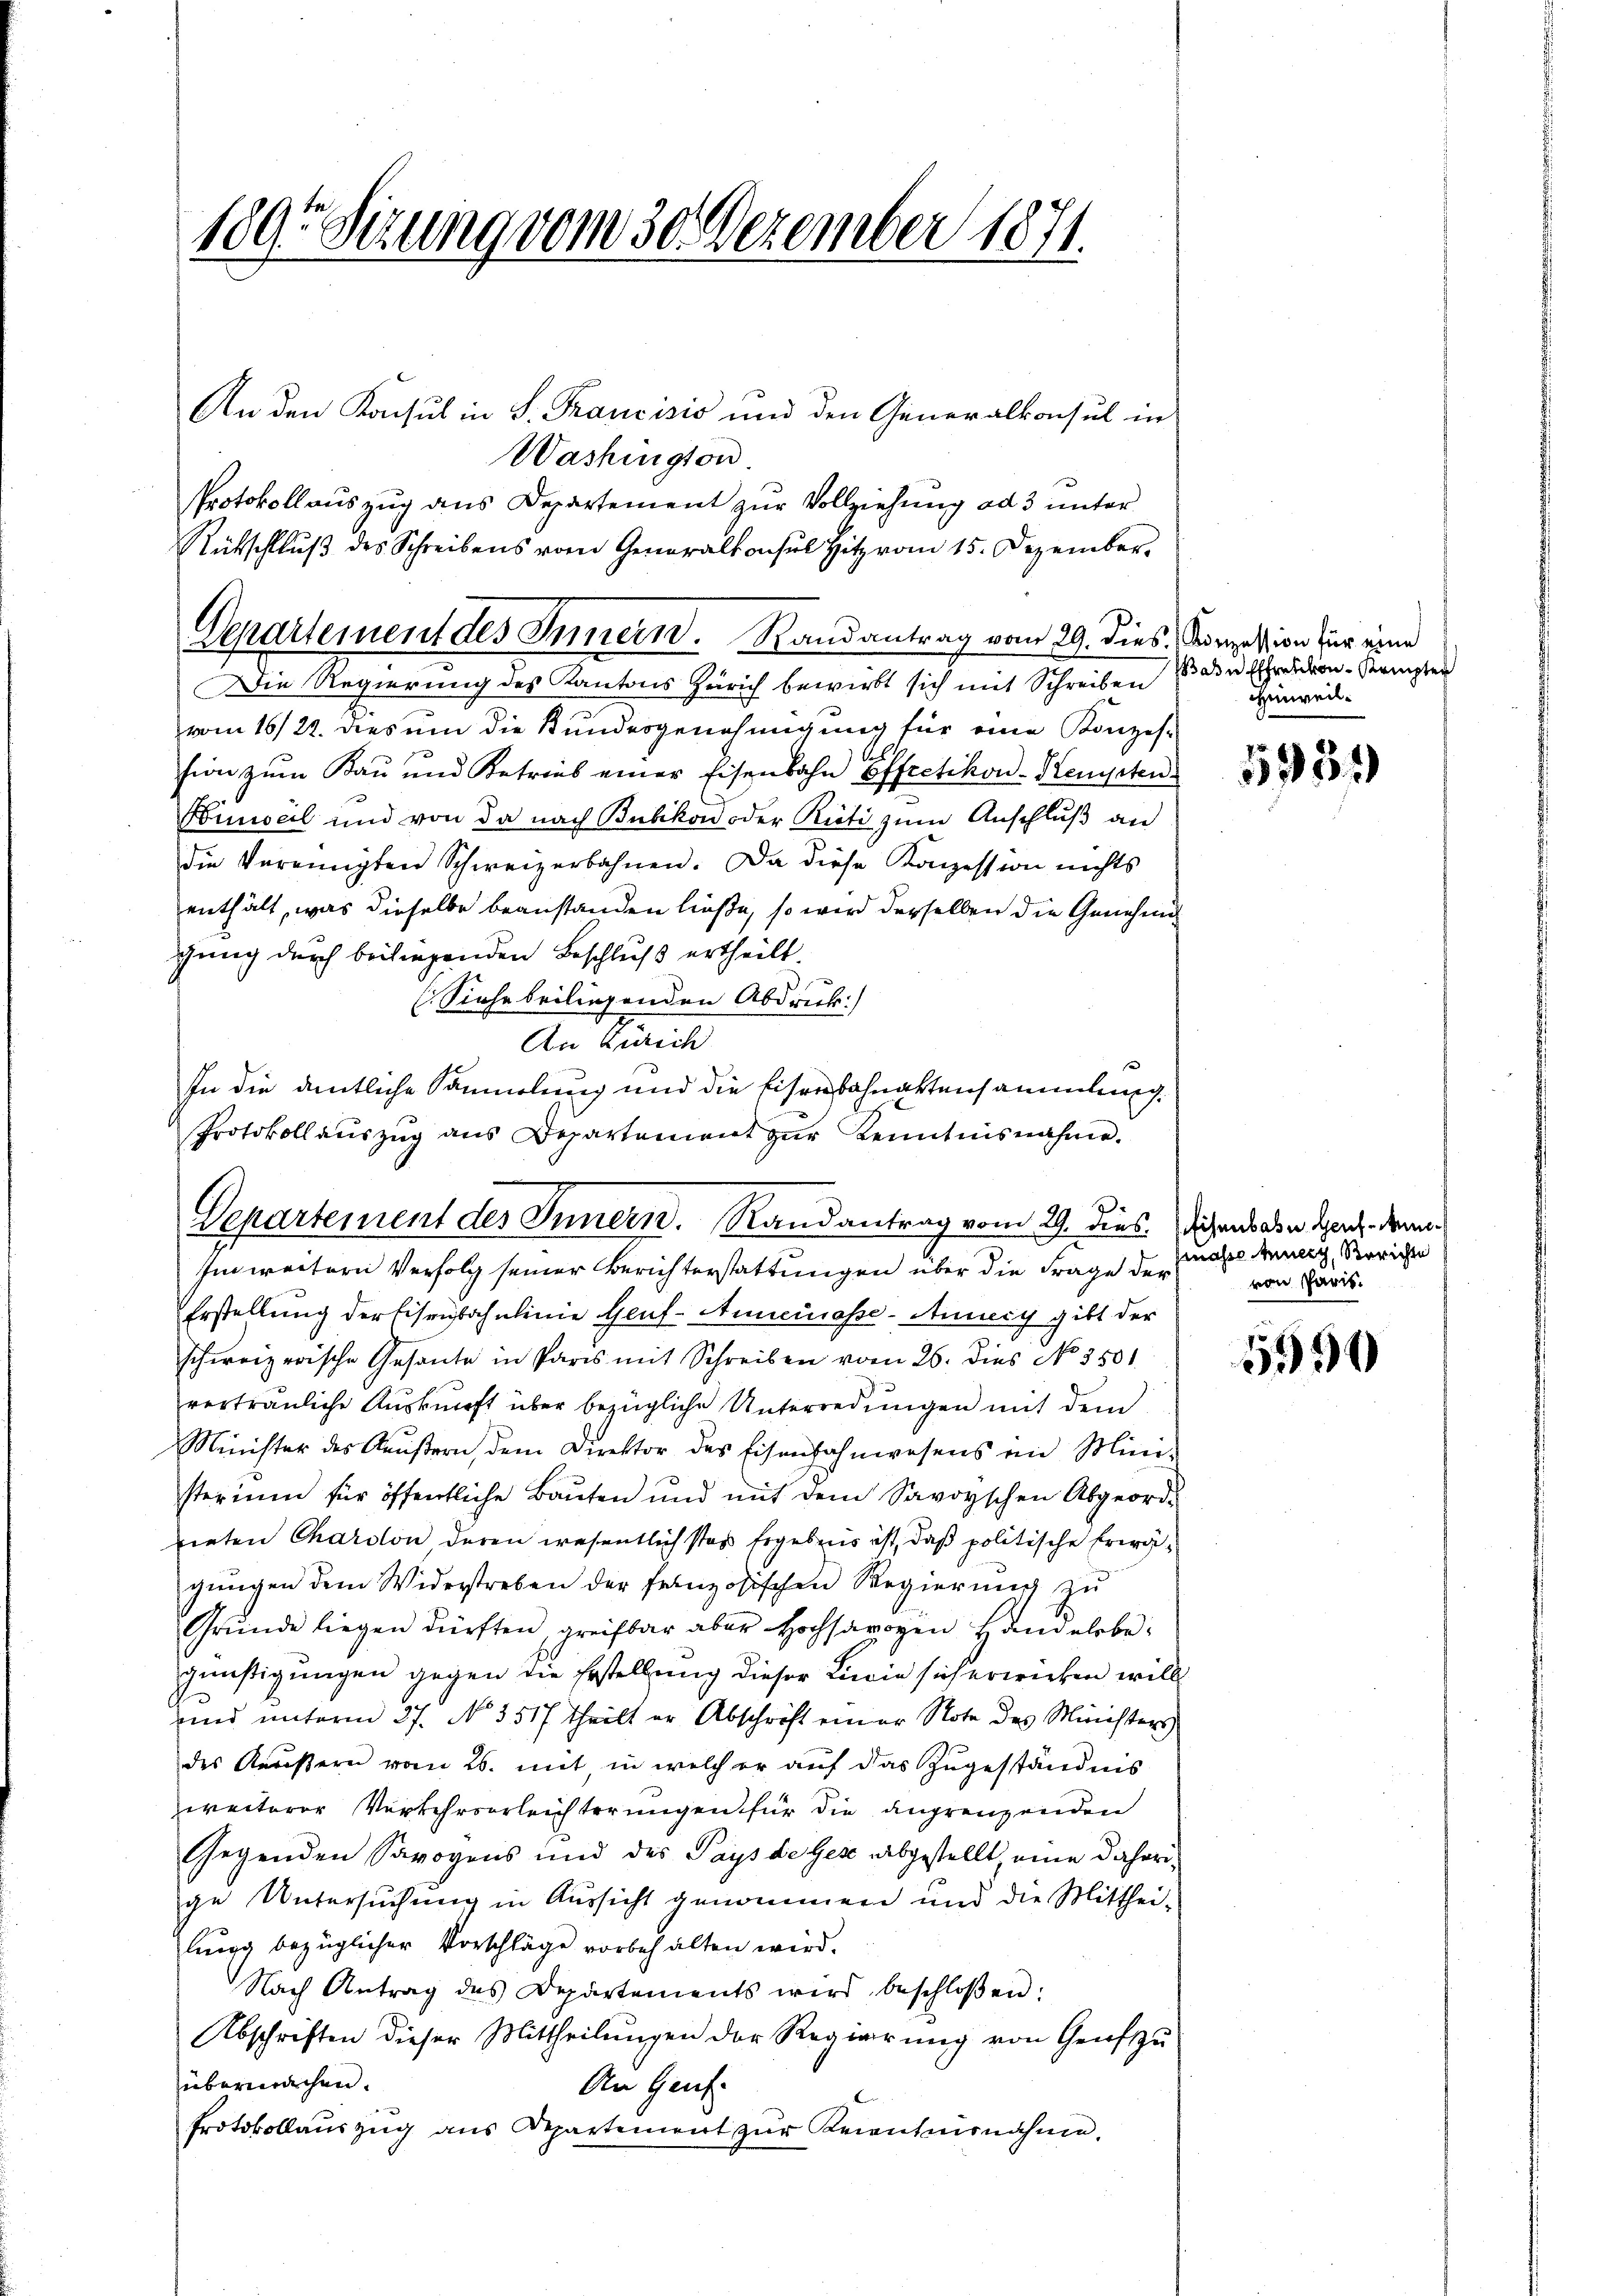
1895 Sizung vom 30. Dezember 1871.

An den Konsul in S. Francisis und den Generalkonsul in
Washington
Protokollauszug aus Departement zur Vollziehung ad 3 unter
Rückschluß des Schreibens vom Generalkonsul Hitz vom 15. Dezember¬
Departement des Innern. Randantrag vom 29. dies. Konzession für eine
Die Regierung des Kantons Zürich bewirkt sich mit Schreiben die Ehrendion-Kempter
vom 16/22. dies um die Bundesgenehmigung für eine Konzes-
sion zŭm Kaŭ und Betrieb einer Eisenbahn Effretikon-Hengsten
Pinseil und von da nach Bubikon oder Rüti zum Anschluß an
die Vereinigten Schweizerbahnen. Da diese Konzession nichts
enthält, was dieselbe beanstanden ließe, so wird derselben die Genehmig
gung durch beiliegenden Beschluß ertheilt.
(Siehe beiligenden Abdruk
An Zürich
In die amtliche Sammlung und die Eisenbahnaktensammlung,
Protokollaŭszŭg ans Departement zŭr Kenntnisnahme.
Departement des Innern. Randantrag vom 29. dies. Diens aber Hand, den¬
Im weitern Verfolg seiner Berichterstattungen über die Frage der von Paris
Erstellung der Eisenbahnlinie Genf- Annemasse-Annig gibt der
schweizerische Gesante in Paris mit Schreiben vom 26. dies No. 3501
verträuliche Auskunft über bezügliche Unterredungen mit dem
Minister des Kaŭβern dem Direktor des Eisenbahnwesens ein Mini-
sterium für öffentliche Bauten und mit dem Savoyischen Abgeordrieten Charlon deren wesentlich stes Ergebnis ist, daß politische Erwägŭngen dem Widerstreben der französischen Regierŭng zŭ
Grŭnde liegen dürften greifbar aber Hochsavoyen Handelsbe
günstigungen gegen die Erstellung dieser Linie sich erwicken will
und unterm 27. No. 3517 theilt er Abschrift einer Note des Ministers
des Keustern vom 26. mit in welcher auf das Zugeständnis
weiterer Verkehrserleichterungen für die angrenzenden
Gegenden Savoyens und des Pays de Gese abgestellt, eine daher
ge Untersuchung in Aussicht genommen und die Mitthei-
lung bezüglicher Vorschläge vorbehalten wird.
Nach Antrag des Departements wird beschloßen:
Abschriften dieser Mittheilŭngen der Regierŭng von Genfŭ
übermachen.
An Genf
Protokollauszug aus Departement zur Kenntnisnahme.

Hinweil.

1359)

masse Merz, Berichte

7
5990